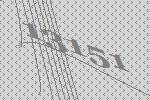
13151